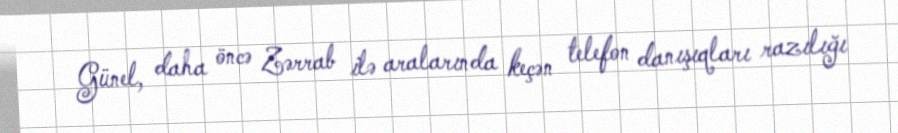
Günel, daha öncə Zərrab ilə aralarında keçən telefon danışıqları razılığı